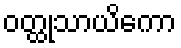
ဝတ္ထုသာယိကော